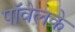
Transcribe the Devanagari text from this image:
पॉवेलके